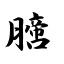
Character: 膪